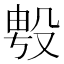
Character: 𭮯